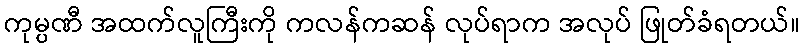
ကုမ္ပဏီ အထက်လူကြီးကို ကလန်ကဆန် လုပ်ရာက အလုပ် ဖြုတ်ခံရတယ်။